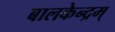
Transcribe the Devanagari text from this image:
बालकेन्द्रम्